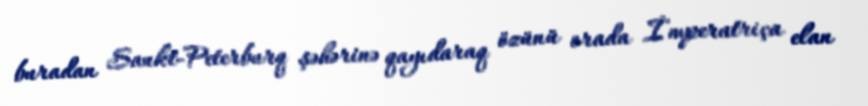
buradan Sankt-Peterburq şəhərinə qayıdaraq özünü orada İmperatriça elan